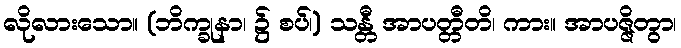
လိုလားသော။ (ဘိက္ခုနာ၊ ၌ စပ်၊) သန္တီ အာပတ္တီတိ၊ ကား။ အာပဇ္ဇိတွာ၊